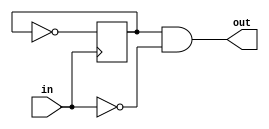
module pulser(input in,output out);
    reg mem =0;
    assign out = mem & ~in;
    always @(posedge in) begin
            mem <= ~mem;
        end
 endmodule